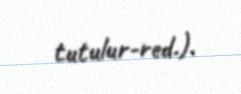
tutulur-red.).